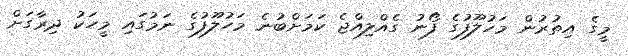
މީގެ އިތުުރުން މަހުލޫފުގެ ފޯނު ގެއްލިއްޖެ ކަމަށްބުނެ މަހުލޫފުގެ ނަމުގައި މީހަކު ދިރާގަށް